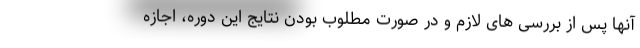
آنها پس از بررسی های لازم و در صورت مطلوب بودن نتایج این دوره، اجازه